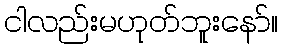
ငါလည်းမဟုတ်ဘူးနော်။